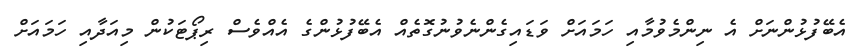
އެބޭފުޅުންނަށް އެ ނިންމެވުމާއި ހަމައަށް ވަޑައިގެންނެވުނުގޮތެއް އެބޭފުޅުންގެ އެއްވެސް ރިޕޯޓަކުން މިއަދާއި ހަމައަށް